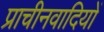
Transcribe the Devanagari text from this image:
प्राचीनवादियों